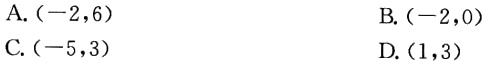
A. \((-2,6)\)

B. \((-2,0)\)

C. \((-5,3)\)

D. \((1,3)\)